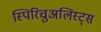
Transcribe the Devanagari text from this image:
स्पिरिचुअलिस्ट्स